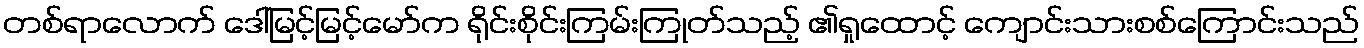
တစ်ရာလောက် ဒေါ်မြင့်မြင့်မော်က ရိုင်းစိုင်းကြမ်းကြုတ်သည့် ၏ရှုထောင့် ကျောင်းသားစစ်ကြောင်းသည်